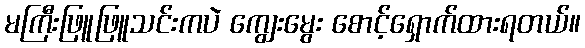
မကြီးဖြူဖြူသင်းကပဲ ကျွေးမွေး စောင့်ရှောက်ထားရတယ်။